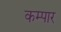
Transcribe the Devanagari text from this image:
कम्पार